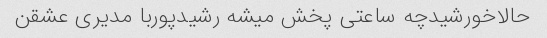
حالاخورشیدچه ساعتی پخش میشه رشیدپوربا مدیری عشقن